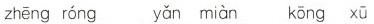
zhēng róng yǎn miàn kōng xū